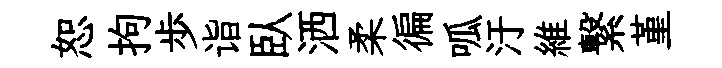
恕拘歩诣臥洒柔徧呱汙維繋堇